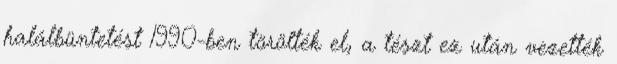
halálbüntetést 1990-ben törölték el, a tészt ez után vezették